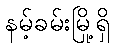
နမ့်ခမ်းမြို့ရှိ